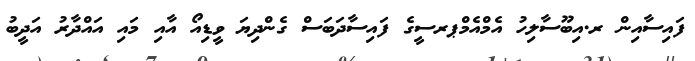
ފައިސާއިން ރ.އިބޫސާލިހު އެމްއެމްޕރސީގެ ފައިސާދަބަސް ގެންދިޔަ ވީޑިއޯ އާއި މައި އައްދާރު އަދީބު